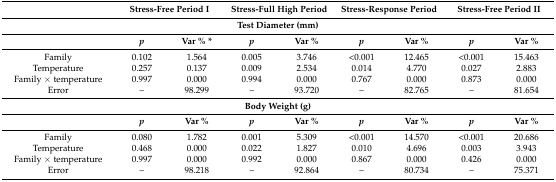
<table><thead><tr><td></td><td colspan="2"><b>Stress-Free Period I</b></td><td colspan="2"><b>Stress-Full High Period</b></td><td colspan="2"><b>Stress-Response Period</b></td><td colspan="2"><b>Stress-Free Period II</b></td></tr></thead><tbody><tr><td colspan="9"><b>Test Diameter (mm)</b></td></tr><tr><td></td><td><b><i>p</i></b></td><td><b>Var % *</b></td><td><b><i>p</i></b></td><td><b>Var %</b></td><td><b><i>p</i></b></td><td><b>Var %</b></td><td><b><i>p</i></b></td><td><b>Var %</b></td></tr><tr><td>Family</td><td>0.102</td><td>1.564</td><td>0.005</td><td>3.746</td><td>&lt;0.001</td><td>12.465</td><td>&lt;0.001</td><td>15.463</td></tr><tr><td>Temperature</td><td>0.257</td><td>0.137</td><td>0.009</td><td>2.534</td><td>0.014</td><td>4.770</td><td>0.027</td><td>2.883</td></tr><tr><td>Family × temperature</td><td>0.997</td><td>0.000</td><td>0.994</td><td>0.000</td><td>0.767</td><td>0.000</td><td>0.873</td><td>0.000</td></tr><tr><td>Error</td><td>–</td><td>98.299</td><td>–</td><td>93.720</td><td>–</td><td>82.765</td><td>–</td><td>81.654</td></tr><tr><td colspan="9"><b>Body Weight (g)</b></td></tr><tr><td></td><td><b><i>p</i></b></td><td><b>Var %</b></td><td><b><i>p</i></b></td><td><b>Var %</b></td><td><b><i>p</i></b></td><td><b>Var %</b></td><td><b><i>p</i></b></td><td><b>Var %</b></td></tr><tr><td>Family</td><td>0.080</td><td>1.782</td><td>0.001</td><td>5.309</td><td>&lt;0.001</td><td>14.570</td><td>&lt;0.001</td><td>20.686</td></tr><tr><td>Temperature</td><td>0.468</td><td>0.000</td><td>0.022</td><td>1.827</td><td>0.010</td><td>4.696</td><td>0.003</td><td>3.943</td></tr><tr><td>Family × temperature</td><td>0.997</td><td>0.000</td><td>0.992</td><td>0.000</td><td>0.867</td><td>0.000</td><td>0.426</td><td>0.000</td></tr><tr><td>Error</td><td>–</td><td>98.218</td><td>–</td><td>92.864</td><td>–</td><td>80.734</td><td>–</td><td>75.371</td></tr></tbody></table>